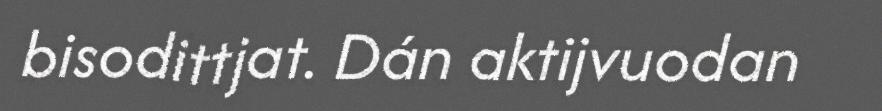
bisodittjat. Dán aktijvuodan